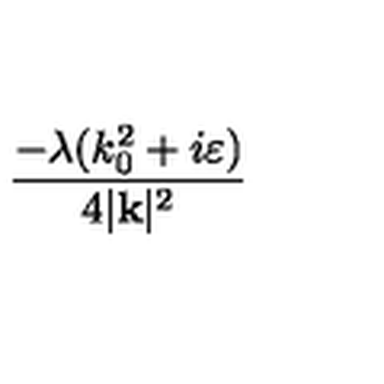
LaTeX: \frac { - \lambda ( k _ { 0 } ^ { 2 } + i \varepsilon ) } { 4 | \mathbf { k } | ^ { 2 } }